Report on the working of the Ranchi Indian Mental Hospital, Kanke, in Bihar and Orissa - 1930-1940
Year: 1930
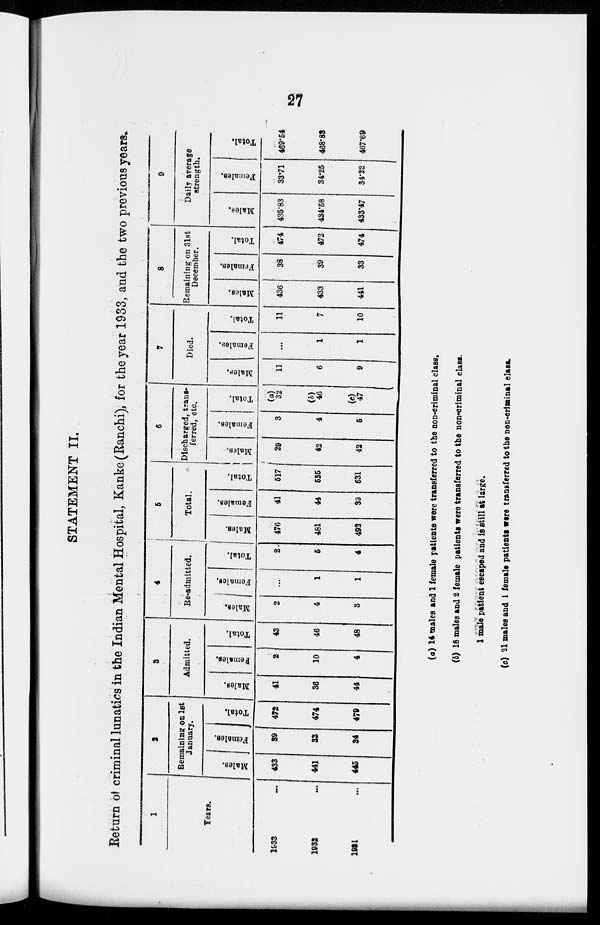
27
STATEMENT II.
Return of criminal lunatics in the Indian Mental Hospital, Kanke (Ranchi), for the year 1933, and the two previous years.
1
Years.
1933 ...
1932 ...
1931 ...
2
Remaining on 1st
January.
Males.
433
441
445
Females.
39
33
34
Total.
472
474
479
3
Admitted.
Males.
41
36
44
Females.
2
10
4
Total.
43
46
48
4
Re-admitted.
Males.
2
4
3
Females.
...
1
1
Total.
2
5
4
5
Total.
Males.
476
481
492
Females.
41
44
39
Total.
517
525
531
6
Discharged, trans-
ferred, etc.
Males.
29
42
42
Females.
3
4
5
Total.
(a)
32
(b)
46
(c)
47
7
Died.
Males.
11
6
9
Females.
...
1
1
Total.
11
7
10
8
Remaining on 31st
December.
Males.
436
433
441
Females.
38
39
33
Total.
474
472
474
9
Daily average
strength.
Males.
435.83
434.58
433.47
Females.
33.71
34.25
34.22
Total.
469.54
468.83
467.69
(a) 14 males and 1 female patients were transferred to the non-criminal class.
(b) 18 males and 2 female patients were transferred to the non-criminal class.
1 male patient escaped and is still at large.
(c) 21 males and 1 female patients were transferred to the non-criminal class.